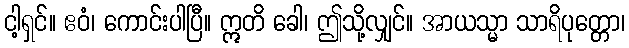
ငါ့ရှင်။ ဧဝံ၊ ကောင်းပါပြီ။ ဣတိ ခေါ၊ ဤသို့လျှင်။ အာယသ္မာ သာရိပုတ္တော၊